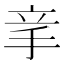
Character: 𥩝